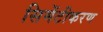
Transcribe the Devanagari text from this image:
सिमेंटीकरण